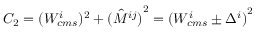
C _ { 2 } = ( { W _ { c m s } ^ { i } } ) ^ { 2 } + { ( \hat { M } ^ { i j } ) } ^ { 2 } = { ( W _ { c m s } ^ { i } \pm \Delta ^ { i } ) } ^ { 2 }